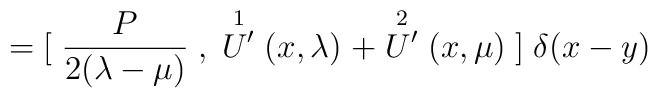
={[}\;\frac{P}{2(\lambda-\mu)}\;,\;\stackrel{1}{U^{\prime}}(x,\lambda) \\ \; + \stackrel{2}{U^{\prime}}(x,\mu)\;{]} \; \delta(x-y)